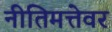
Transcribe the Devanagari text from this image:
नीतिमत्तेवर